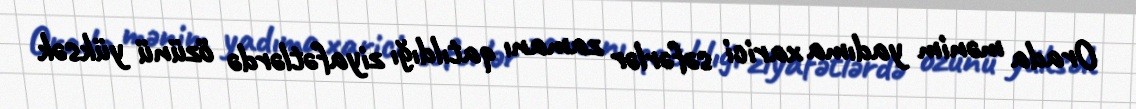
Orada mənim yadıma xarici səfərlər zamanı qatıldığı ziyafətlərdə özünü yüksək